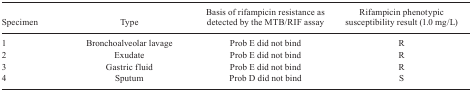
<table><thead><tr><td><b>Specimen</b></td><td><b>Type</b></td><td><b>Basis of rifampicin resistance as detected by the MTB/RIF assay</b></td><td><b>Rifampicin phenotypic susceptibility result (1.0 mg/L)</b></td></tr></thead><tbody><tr><td>1</td><td>Bronchoalveolar lavage</td><td>Prob E did not bind</td><td>R</td></tr><tr><td>2</td><td>Exudate</td><td>Prob E did not bind</td><td>R</td></tr><tr><td>3</td><td>Gastric fluid</td><td>Prob E did not bind</td><td>R</td></tr><tr><td>4</td><td>Sputum</td><td>Prob D did not bind</td><td>S</td></tr></tbody></table>